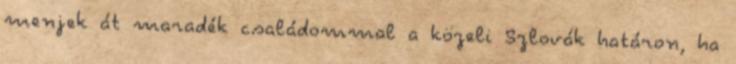
menjek át maradék családommal a közeli Szlovák határon, ha